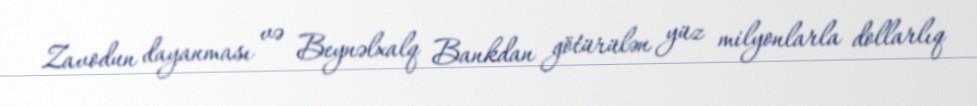
Zavodun dayanması və Beynəlxalq Bankdan götürülən yüz milyonlarla dollarlıq